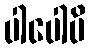
ပါပေါပိ